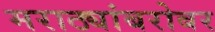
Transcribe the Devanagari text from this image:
मराठ्यांबरोबर